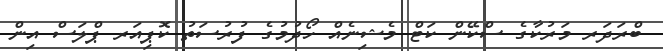
ބްރަދަރ މަރުކާގެ ސްކޭން ކަޓް މެޝިނެއް ހޯދުމުގެ ފުރުސަތު ކޮޕިއަރ ޕްލަސް އިން